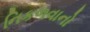
નિકળવાનો